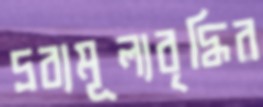
দ্রব্যমূল্যবৃদ্ধির